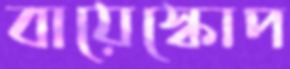
বায়েস্কোপ